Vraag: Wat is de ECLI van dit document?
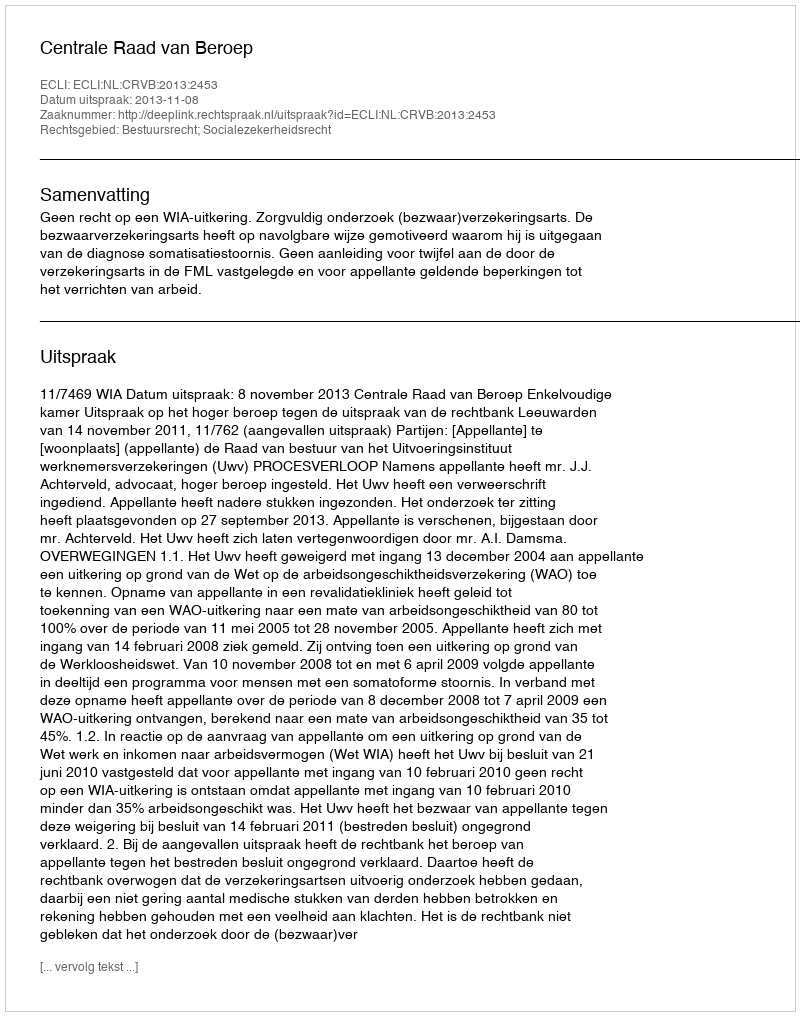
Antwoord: ECLI:NL:CRVB:2013:2453